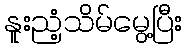
နူးညံ့သိမ်မွေ့ပြီး